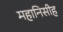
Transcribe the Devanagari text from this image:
महानिसीह